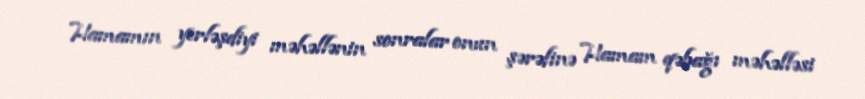
Hamamın yerləşdiyi məhəllənin sonralar onun şərəfinə Hamam qəbağı məhəlləsi